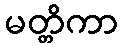
မတ္တိကာ